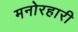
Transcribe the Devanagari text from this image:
मनोरहारी